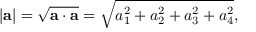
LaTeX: \left| \mathbf { a } \right| = { \sqrt { \mathbf { a } \cdot \mathbf { a } } } = { \sqrt { a _ { 1 } ^ { 2 } + a _ { 2 } ^ { 2 } + a _ { 3 } ^ { 2 } + a _ { 4 } ^ { 2 } } } ,